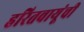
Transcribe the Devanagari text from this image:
हरितवायूंची